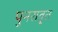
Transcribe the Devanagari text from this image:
पुनरावृ्त